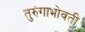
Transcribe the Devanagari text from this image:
तुरुंगाभोवती